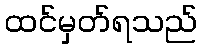
ထင်မှတ်ရသည်